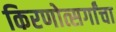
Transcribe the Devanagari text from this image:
किरणोत्सर्गांचा